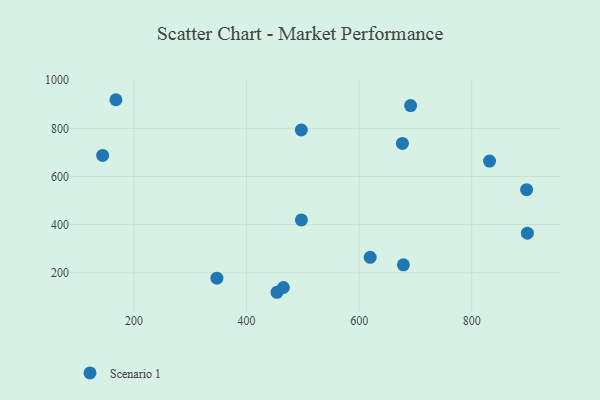
{"axis": {"x": "Speed", "y": "Rating"}, "legend": ["Scenario 1"], "data": [{"x": "454.0", "y": 119.0, "type": "Scenario 1"}, {"x": "347.3", "y": 177.7, "type": "Scenario 1"}, {"x": "619.6", "y": 264.3, "type": "Scenario 1"}, {"x": "678.6", "y": 232.9, "type": "Scenario 1"}, {"x": "465.4", "y": 138.9, "type": "Scenario 1"}, {"x": "497.4", "y": 419.7, "type": "Scenario 1"}, {"x": "897.4", "y": 545.2, "type": "Scenario 1"}, {"x": "898.8", "y": 364.6, "type": "Scenario 1"}, {"x": "167.9", "y": 919.0, "type": "Scenario 1"}, {"x": "691.4", "y": 894.9, "type": "Scenario 1"}, {"x": "676.8", "y": 737.4, "type": "Scenario 1"}, {"x": "831.6", "y": 663.9, "type": "Scenario 1"}, {"x": "144.3", "y": 687.6, "type": "Scenario 1"}, {"x": "497.2", "y": 793.3, "type": "Scenario 1"}]}